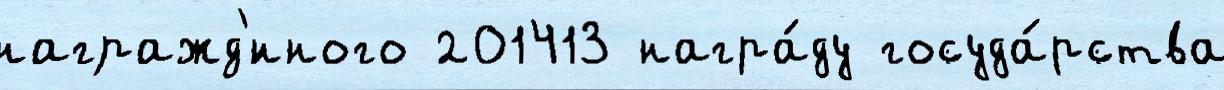
награжд'́нного 201413 награ́ду госуда́рства